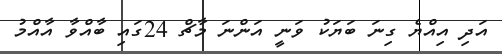
އަދި އިއްޔެ ގިނަ ބަޔަކު ވަނީ އަންނަ މާޗް 24ގައި ބާއްވާ އާއްމު